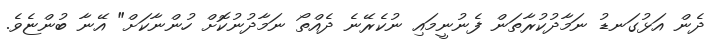
ދެން އަޅުގަނޑު ނަމާދުކުރާތަން ފެނުނީމައި ނުކެރޭނެ ދެއްތޯ ނަމާދުނުކޮށް ހުންނާކަށް" އޭނާ ބުންޏެވެ.